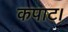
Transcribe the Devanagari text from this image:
कपाट।